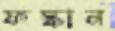
ফস্কান